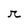
Character: r